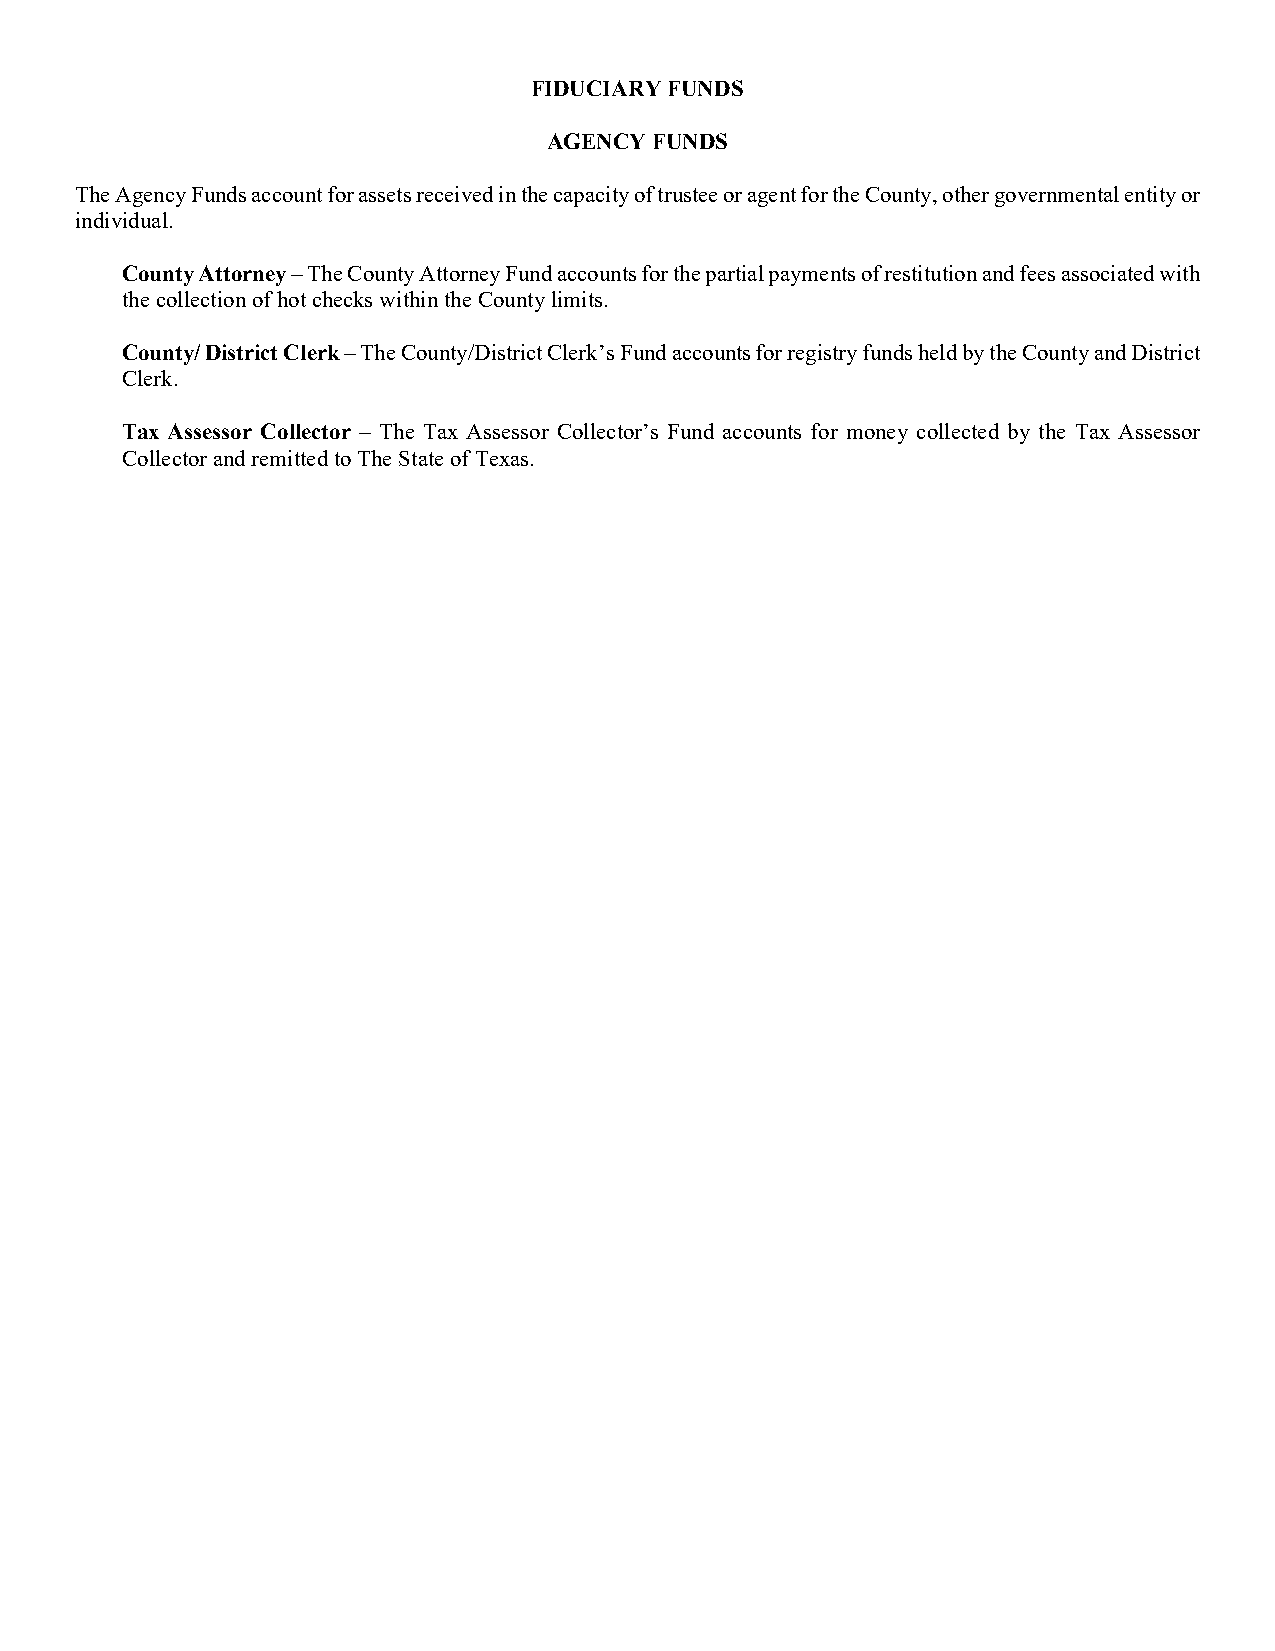
FIDUCIARY FUNDS
 AGENCY FUNDS
 The Agency Funds account for assets received in the capacity of trustee or agent for the County, other governmental entity or
 individual.
 County Attorney – The County Attorney Fund accounts for the partial payments of restitution and fees associated with
 the collection of hot checks within the County limits.
 County/ District Clerk – The County/District Clerk’s Fund accounts for registry funds held by the County and District
 Clerk.
 Tax Assessor Collector – The Tax Assessor Collector’s Fund accounts for money collected by the Tax Assessor
 Collector and remitted to The State of Texas.